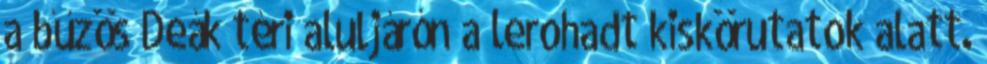
a bűzös Deák téri aluljárón a lerohadt kiskörutatok alatt.